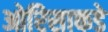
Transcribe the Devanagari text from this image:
ओरिसाकडे